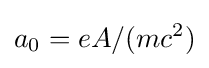
{a_{0}=eA/(mc^{2})}